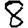
Digit: 8